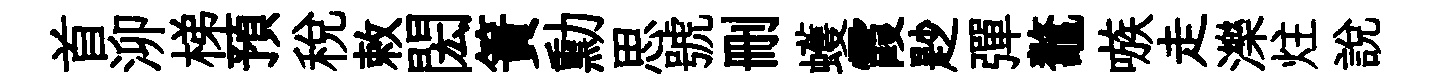
首泖梯預稅敕閎簀勳思號删蠖霞尟彈鼇嗾走濼炷説